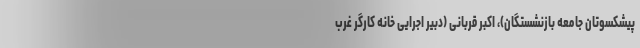
پیشکسوتان جامعه بازنشستگان)، اکبر قربانی (دبیر اجرایی خانه کارگر غرب